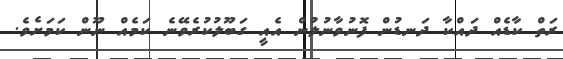
ރަތް ކާޑެއް ދައްކާ ދަނޑުން ފޮނުވާނުލުން އެއީ ގަބޫލުކުރެވޭނެ ކަމެއް ނޫން ކަމަށެވެ.